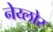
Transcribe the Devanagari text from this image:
नेय्लोर